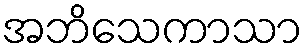
အဘိသေကာသာ